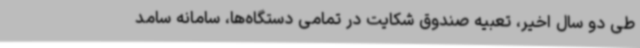
طی دو سال اخیر، تعبیه صندوق شکایت در تمامی دستگاه‌ها، سامانه سامد